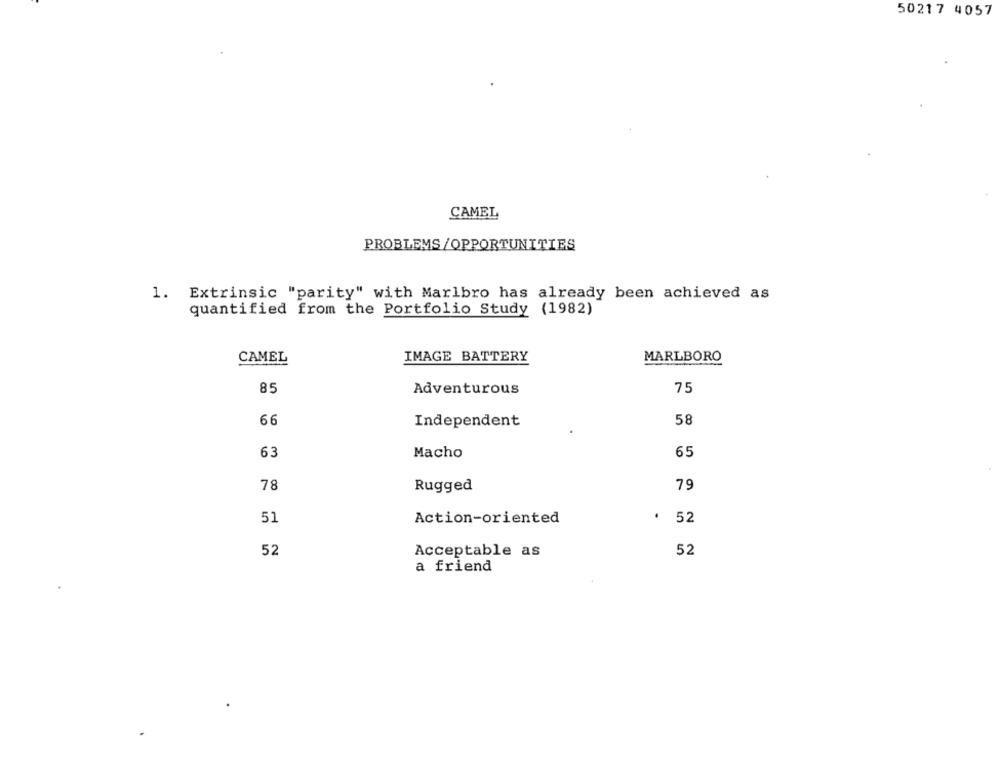
50217 4057
CAMEL
PROBLEMS /OPPORTUNITIES
1. Extrinsic "parity" with Marlbro has already been achieved as
quantified from the Portfolio Study (1982)
CAMEL
IMAGE BATTERY
MARLBORO
85
Adventurous
75
66
Independent
58
63
Macho
65
79
78
Rugged
51
Action-oriented
. 52
52
Acceptable as
52
a friend